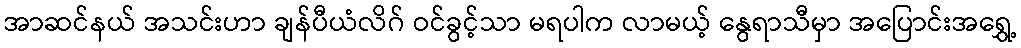
အာဆင်နယ် အသင်းဟာ ချန်ပီယံလိဂ် ဝင်ခွင့်သာ မရပါက လာမယ့် နွေရာသီမှာ အပြောင်းအရွှေ့